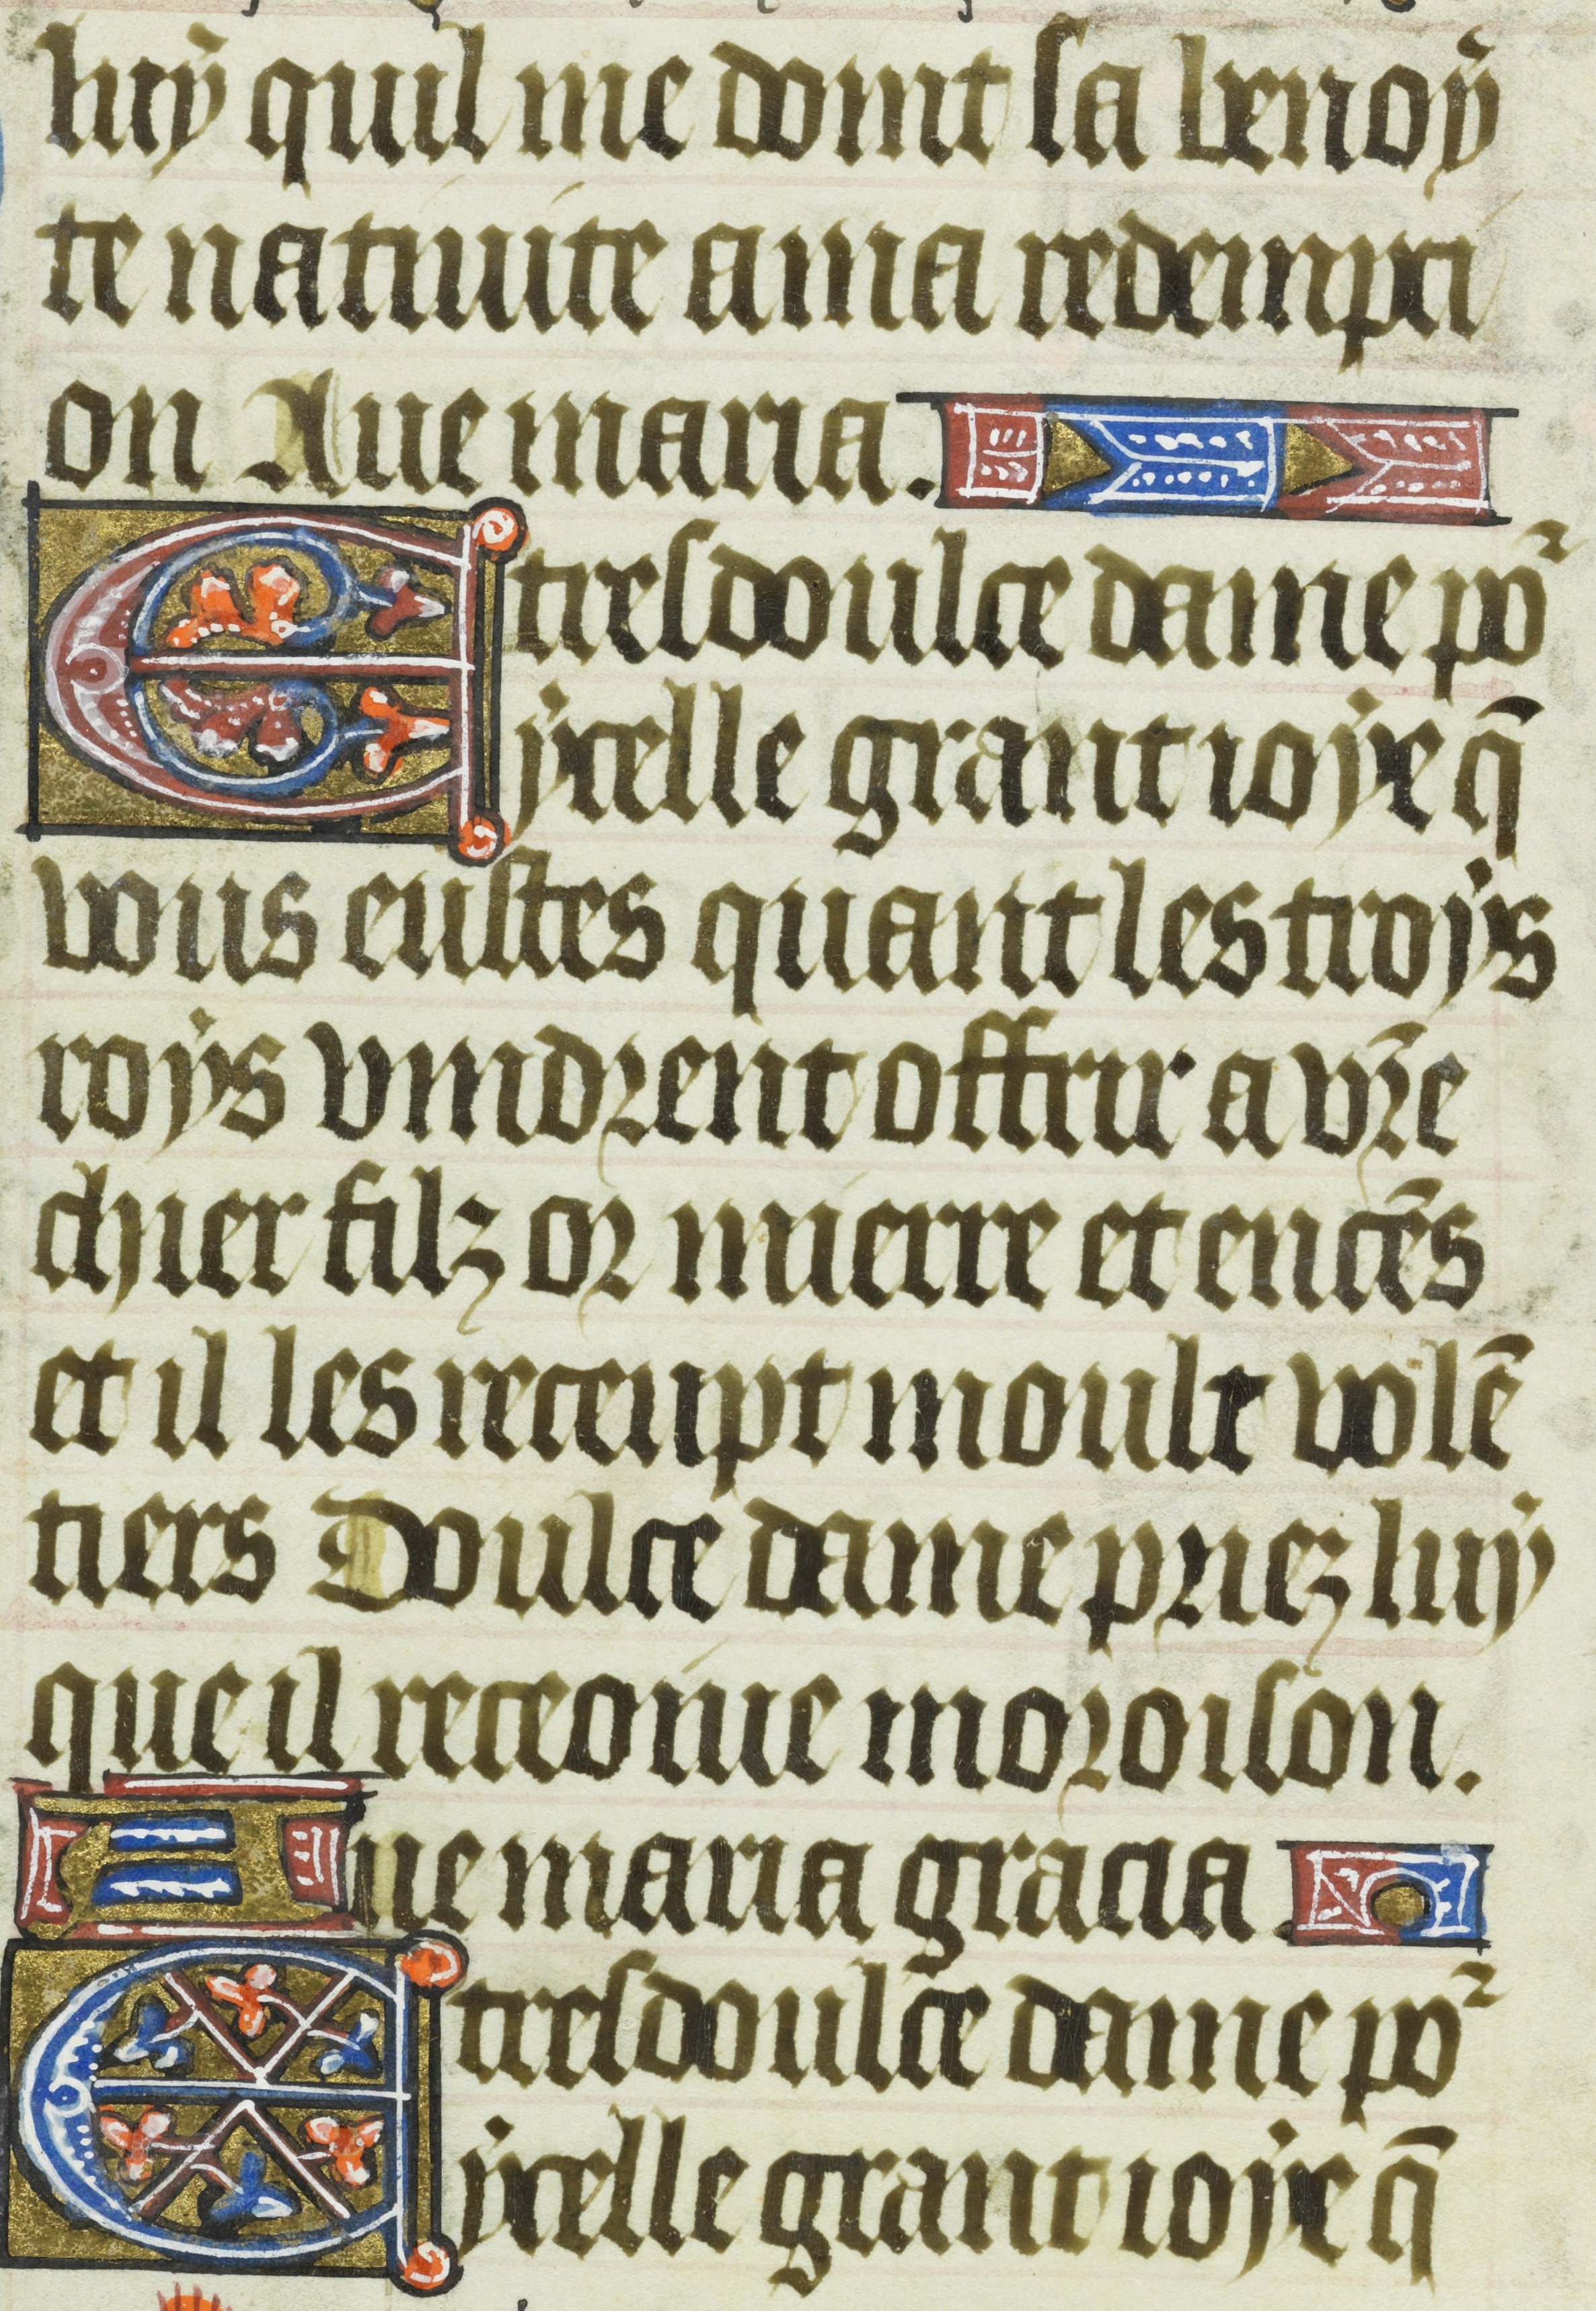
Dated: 1435–1465